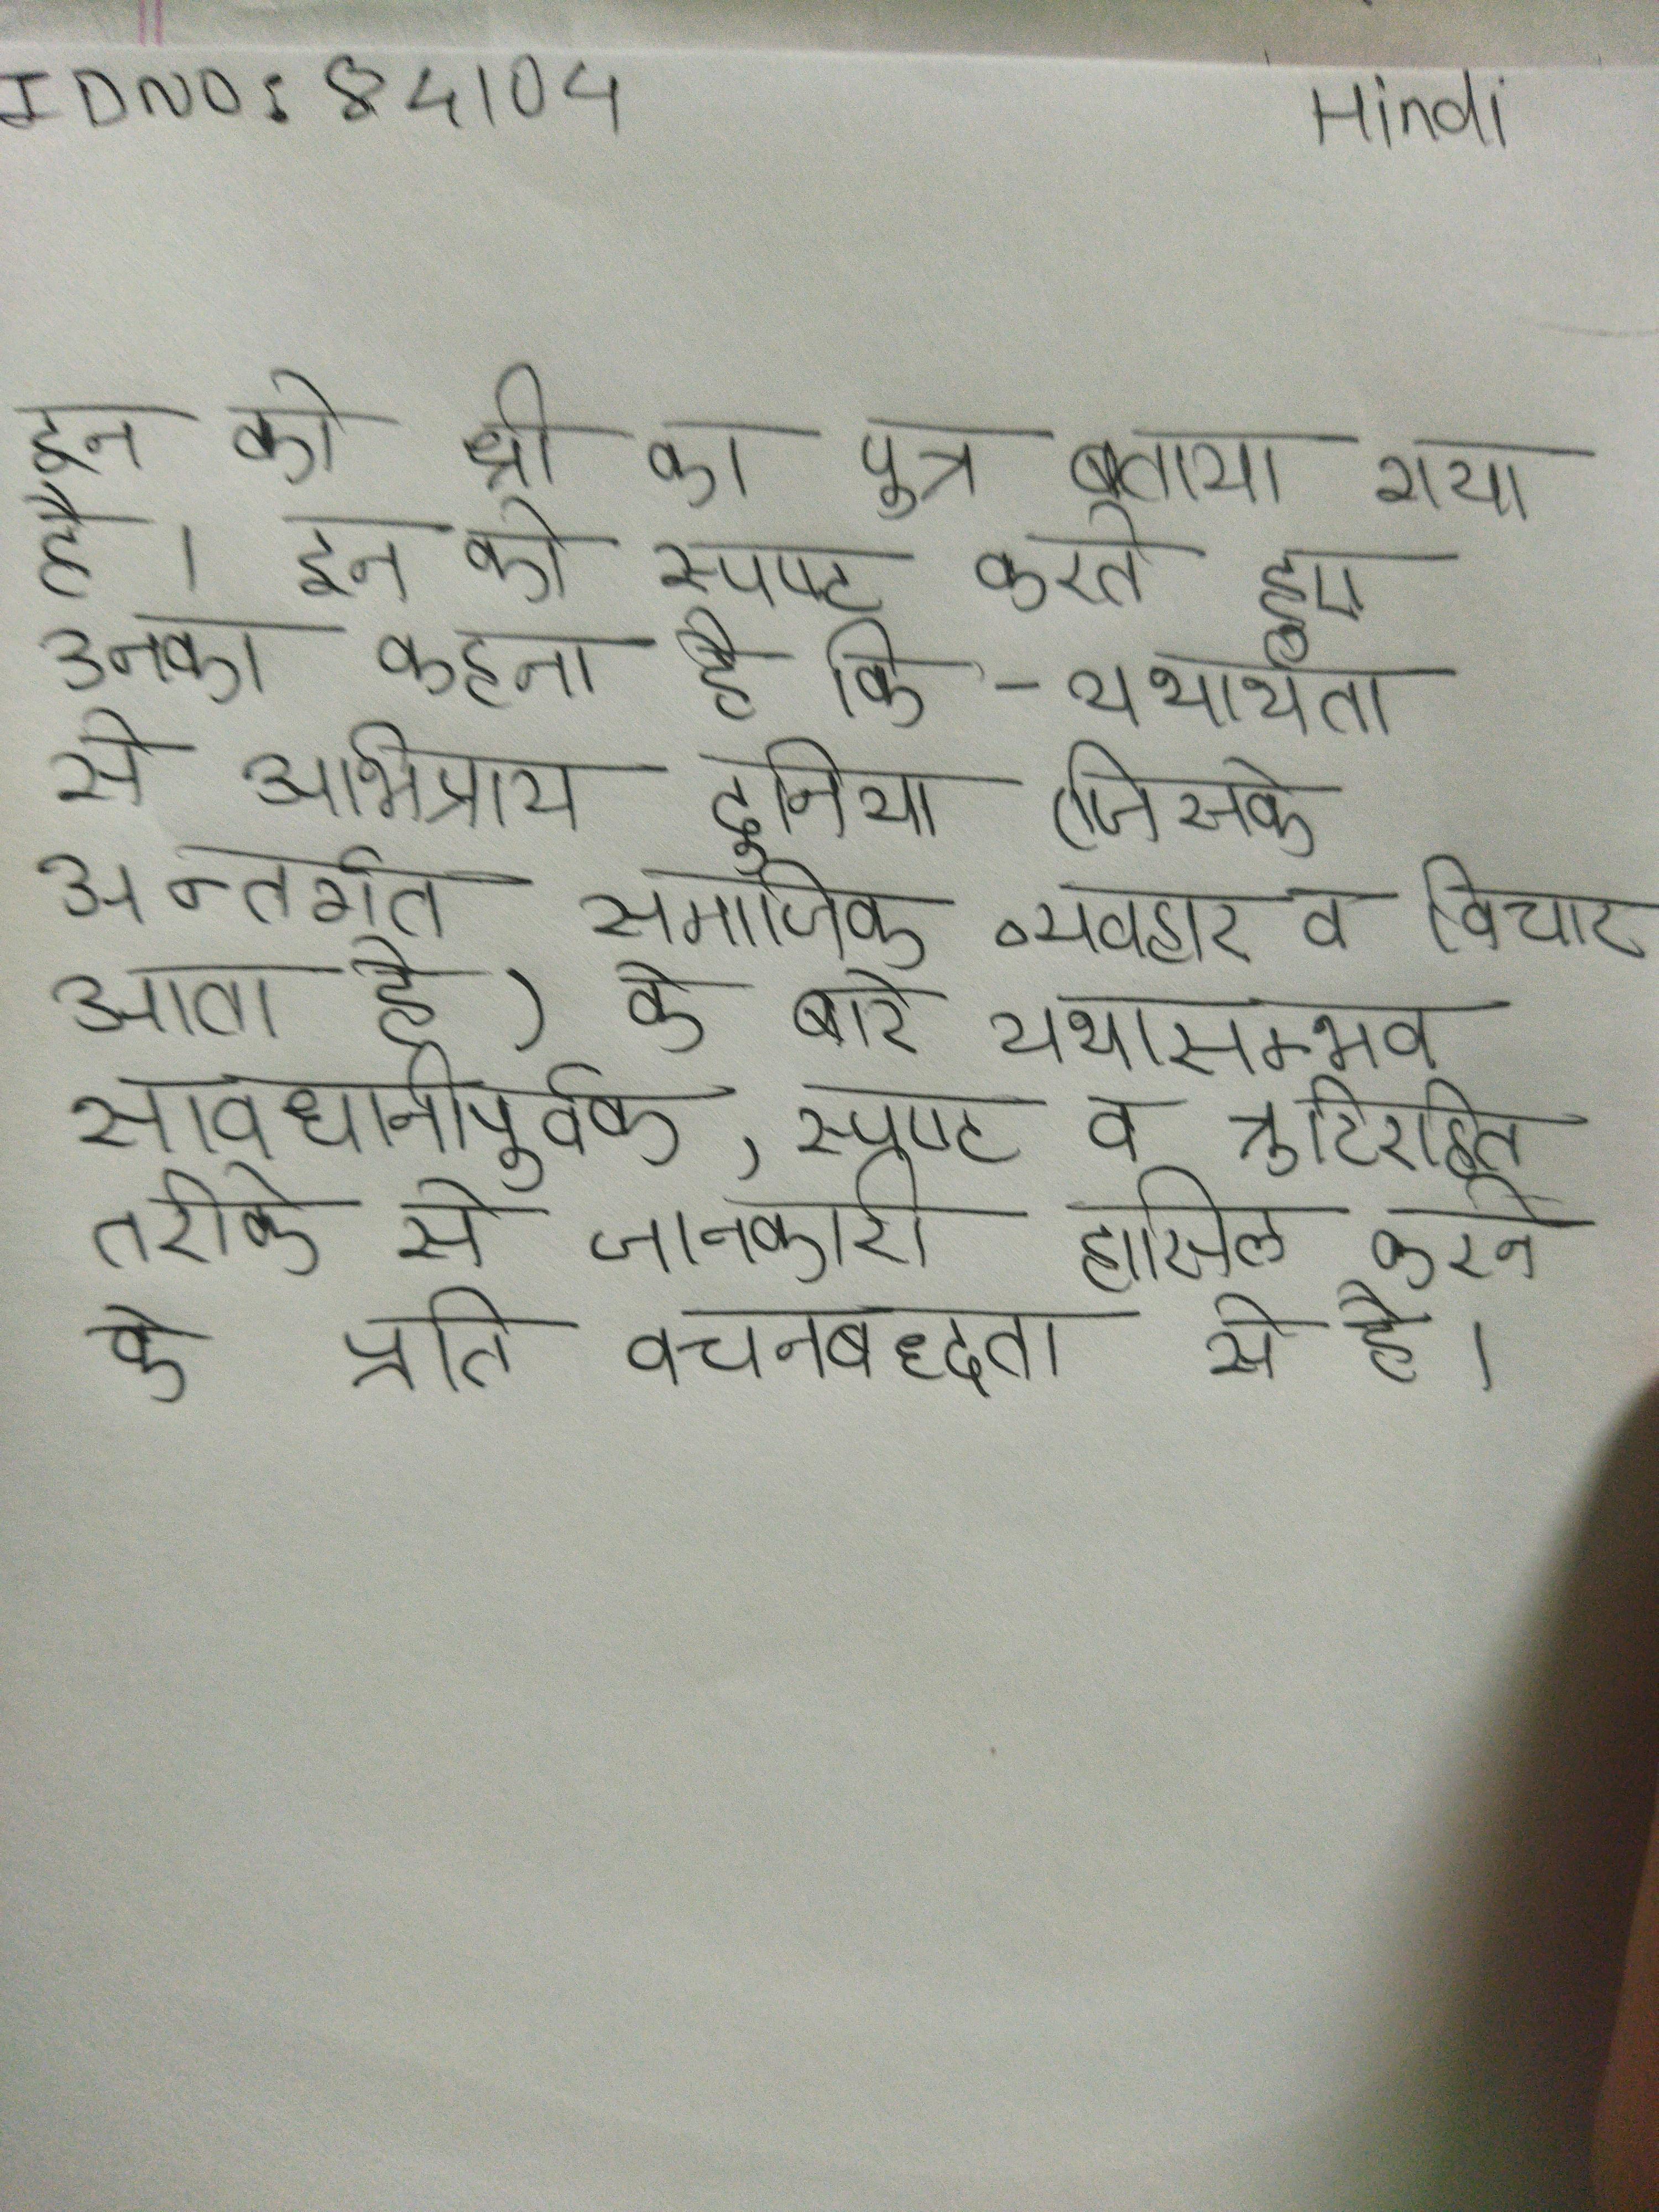
इन को श्री का पुत्र बताया गया है । इन को स्पष्ट करते हुए उनका कहना है कि - यथार्थता से अभिप्राय दुनिया (जिसके अन्तर्गत सामाजिक व्यवहार व विचार आता है) के बारे यथासम्भव सावधानीपूर्वक, स्पष्ट व त्रुटिरहित तरीके से जानकारी हासिल करने करने के प्रति वचनबद्धता से है ।